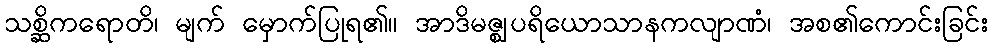
သစ္ဆိကရောတိ၊ မျက် မှောက်ပြုရ၏။ အာဒိမဇ္ဈပရိယောသာနကလျာဏံ၊ အစ၏ကောင်းခြင်း